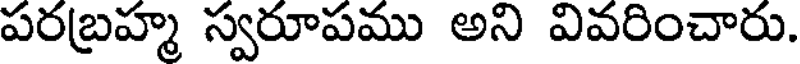
పరబ్రహ్మ స్వరూపము అని వివరించారు.